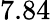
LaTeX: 7.84